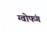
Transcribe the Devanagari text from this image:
ग्वोफंग